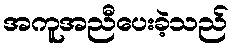
အကူအညီပေးခဲ့သည်